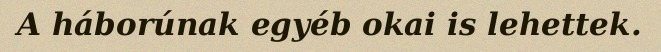
A háborúnak egyéb okai is lehettek.